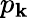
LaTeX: p_{\mathbf{k}}